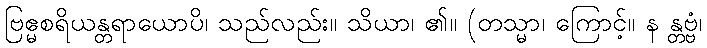
ဗြဧ္မစရိယန္တရာယောပိ၊ သည်လည်း။ သိယာ၊ ၏။ (တသ္မာ၊ ကြောင့်။ န န္တဗ္ဗံ၊